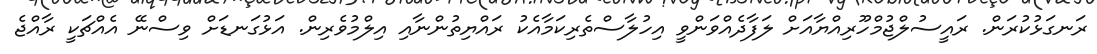
ރަނގަޅުކުރަން. ރައީސުލްޖުމްހޫރިއްޔާއަށް ލަފާދެއްވަންވީ އިހުލާސްތެރިކަމާއެކު ރައްޔިތުންނާއި އިލްމުވެރިން. އަޅުގަނޑަށް ވިސްނޭ އެއްޗަކީ ރާއްޖެ